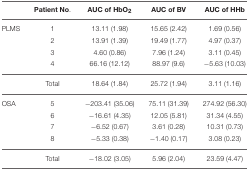
<table><thead><tr><td></td><td><b>Patient No.</b></td><td><b>AUC of HbO<sub>2</sub></b></td><td><b>AUC of BV</b></td><td><b>AUC of HHb</b></td></tr></thead><tbody><tr><td>PLMS</td><td>1</td><td>13.11 (1.98)</td><td>15.65 (2.42)</td><td>1.69 (0.56)</td></tr><tr><td></td><td>2</td><td>13.91 (1.39)</td><td>19.49 (1.77)</td><td>4.97 (0.37)</td></tr><tr><td></td><td>3</td><td>4.60 (0.86)</td><td>7.96 (1.24)</td><td>3.11 (0.45)</td></tr><tr><td></td><td>4</td><td>66.16 (12.12)</td><td>88.97 (9.6)</td><td>−5.63 (10.03)</td></tr><tr><td></td><td>Total</td><td>18.64 (1.84)</td><td>25.72 (1.94)</td><td>3.11 (1.16)</td></tr><tr><td>OSA</td><td>5</td><td>−203.41 (35.06)</td><td>75.11 (31.39)</td><td>274.92 (56.30)</td></tr><tr><td></td><td>6</td><td>−16.61 (4.35)</td><td>12.05 (5.81)</td><td>31.34 (4.55)</td></tr><tr><td></td><td>7</td><td>−6.52 (0.67)</td><td>3.61 (0.28)</td><td>10.31 (0.73)</td></tr><tr><td></td><td>8</td><td>−5.33 (0.38)</td><td>−1.40 (0.17)</td><td>3.08 (0.23)</td></tr><tr><td></td><td>Total</td><td>−18.02 (3.05)</td><td>5.96 (2.04)</td><td>23.59 (4.47)</td></tr></tbody></table>